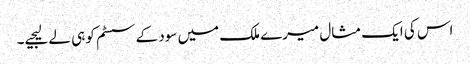
اس کی ایک مثال میرے ملک میں سود کے سسٹم کو ہی لے لیجیے۔